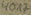
Text: 40A2